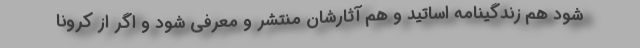
شود هم زندگینامه اساتید و هم آثارشان منتشر و معرفی شود و اگر از کرونا